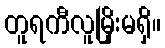
တူရကီလူမြိုးမရှိ။